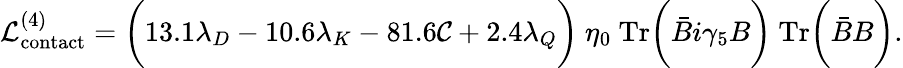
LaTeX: {\cal L}_{\mathrm{contact}}^{(4)}=\biggl(13.1\lambda_{D}-10.6\lambda_{K}-81.6{\cal C}+2.4\lambda_{Q}\biggr)\ \eta_{0}\ \mathrm{Tr}\biggl({\bar{B}}i\gamma_{5}B\biggr)\ \mathrm{Tr}\biggl({\bar{B}}B\biggr).